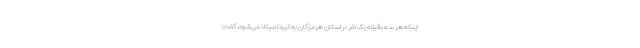
اینکه هر سه دقیقه یک نفر در استان هرمزگان به کرونا مبتلا می‌شود، گفت: